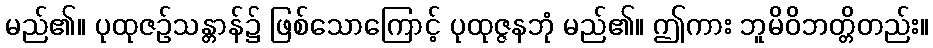
မည်၏။ ပုထုဇဉ်သန္တာန်၌ ဖြစ်သောကြောင့် ပုထုဇ္ဇနဘုံ မည်၏။ ဤကား ဘူမိဝိဘတ္တိတည်း။